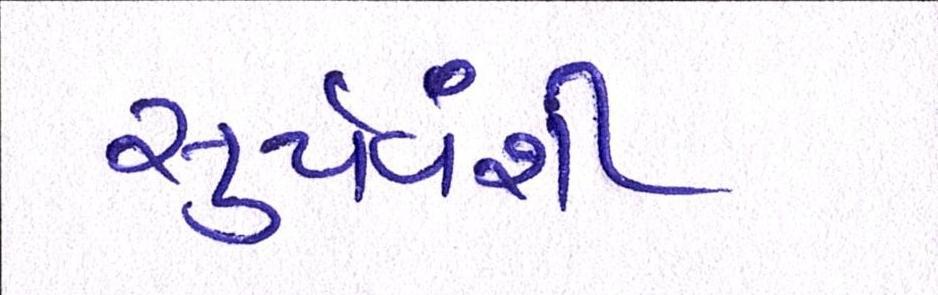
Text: સુર્યવંશી